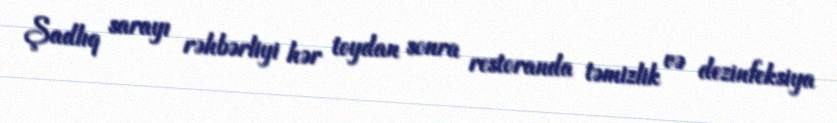
Şadlıq sarayı rəhbərliyi hər toydan sonra restoranda təmizlik və dezinfeksiya